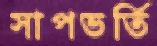
সাপভর্তি